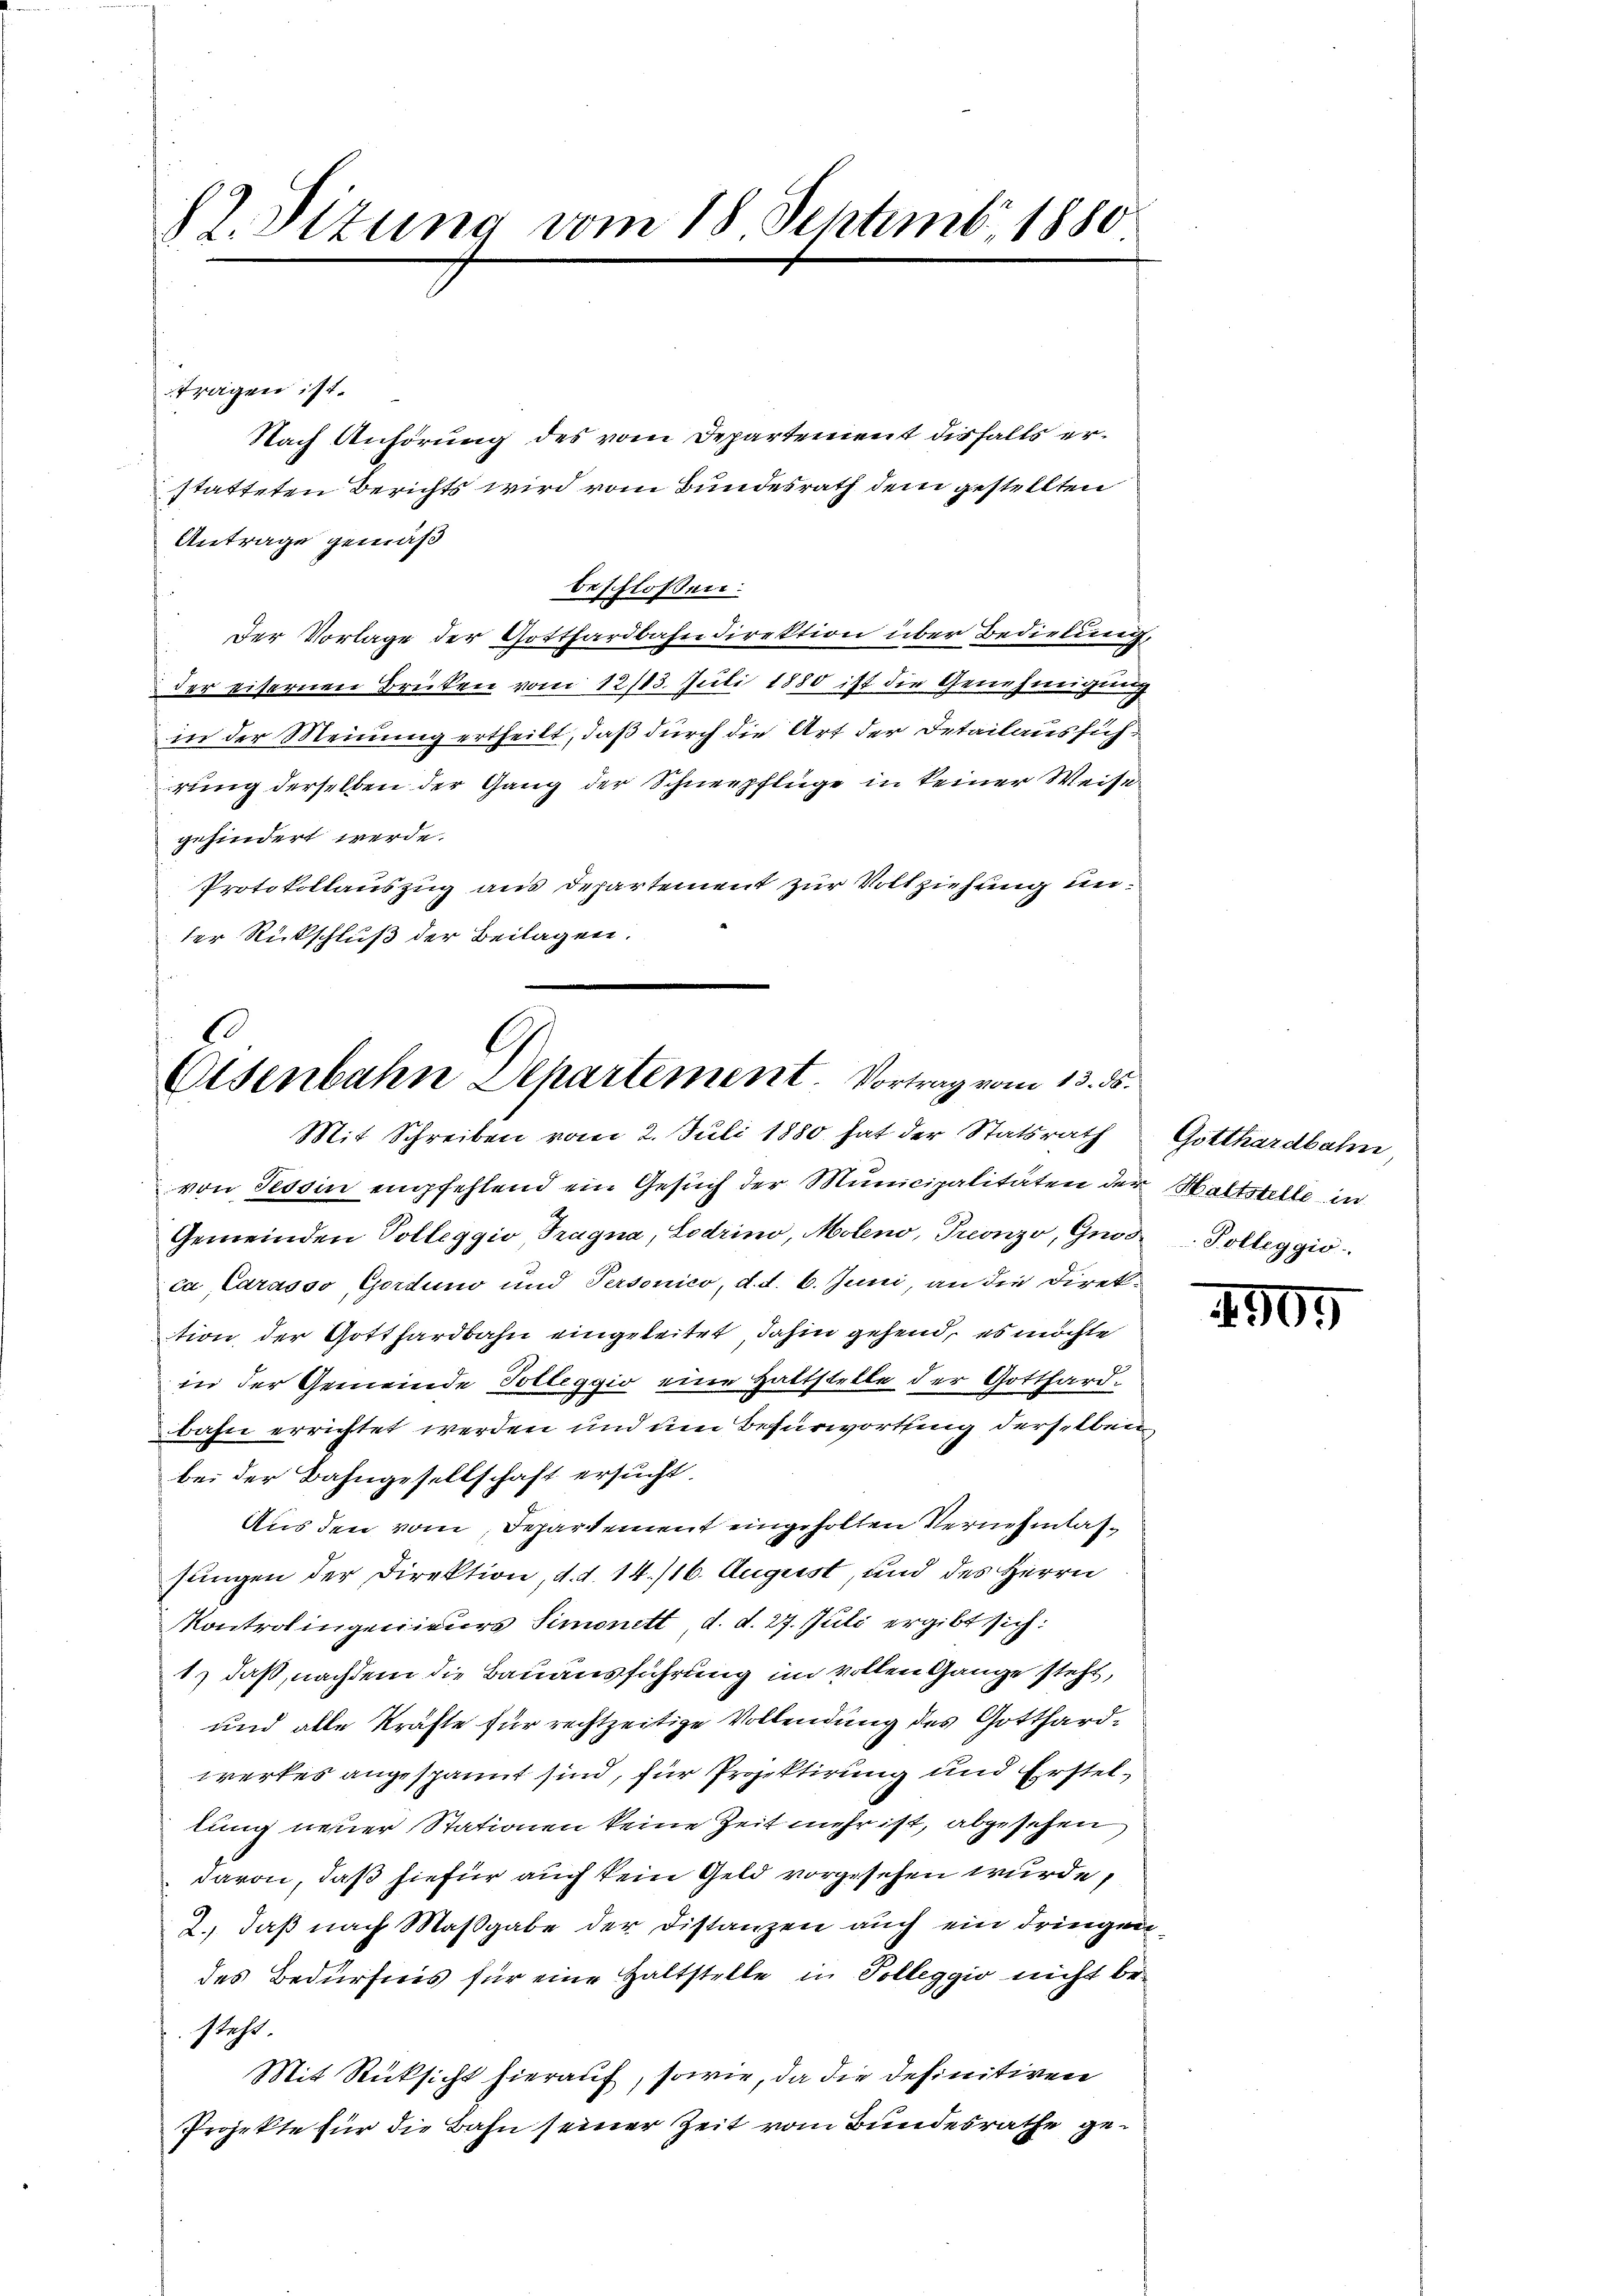
82. Situng vom 18. Septemb. 1880.

tragen ist.
Antrage gemäß
beschlossen:
Der Vorlage der Gotthardbahndirektion über Bedietung,
der eiternen Brüken vom 12/13. Juli 1880 ist die Genehmigung
in der Meinung ertheilt, daß durch die Art der Detailaussichrung derselben der Gang der Schneepflüge in keiner Weise
gehindert werde.
Protokollauszug aus Departement zur Vollziehung under Rückschluß der Beilagen.

Nach Anhörung des vom Departement disfalls erstatteten Berichts wird vom Bundesrath dem gestellten

E
G
Elsenbahn Separtement. Vortrag vom 13. ds.
Mit Schreiben vom 2. Juli 1880 hat der Statsrath

von Tessin empfehlend ein Gesuch der Municipalitäten der Haltstelle in
Gemeinden Polleggio Tragna, Lodrino, Moleno, Preonzo, Gnos- Polleggio
ca, Carasso Gorduno und Personico, d. d. 6. Juni, an die Direktion der Gotthardbahn eingeleitet, dahin gehend, es möchte
in der Gemeinde Tolleggio eine Hattstelle der Gotthard-
bahn errichtet werden und um Befürwortung derselben,
bei der Bahngesellschaft ersucht.
Aus den vom Departement eingeholten Vernehmlassungen der Direktion, d. d. 14./16. August, und des Herrn
Kontrolingenieurs Simonett d. d. 27. Juli ergibt sich:
1) daß, nachdem die Bauausführung im vollen Gange steht,
und alle Kräfte für rechtzeitige Vollendung des Gotthardwerkes angespannt sind, für Projektirung und Erstellung neuer Stationen keine Zeit mehr ist, abgesehen,
davon, daß hiefür auch kein Geld vorgesehen wurde,
2., daß nach Maßgabe der Distanzen auch ein dringen-
des Bedürfnis für eine Haltstelle in Solleggio nicht besteht.
Mit Rücksicht hierauf, sowie, da die definitiven
Projekte für die Bahn seiner Zeit vom Bundesrathe ge¬

Gotthardbahn,

4509